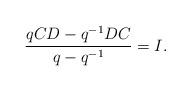
LaTeX: \begin{gather*}\frac{qCD-q^{-1}DC}{q-q^{-1}}=I.\end{gather*}